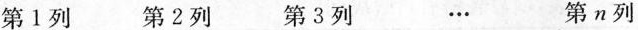
第Ⅰ列 第2列 第3列 … 第n列